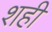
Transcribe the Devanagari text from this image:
शही